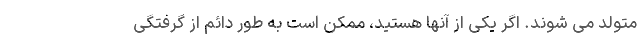
متولد می شوند. اگر یکی از آنها هستید، ممکن است به طور دائم از گرفتگی